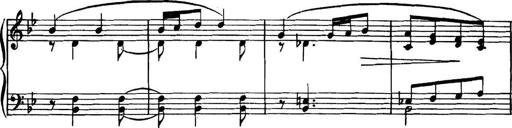
Title: Piano Sonatina in G minor
Composer: John Blackwood McEwen
Key: G minor